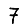
Digit: 7